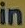
in